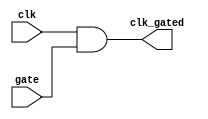
module clock_gating_cell (
    input wire clk,      // Primary clock signal
    input wire gate,     // Gating signal
    output wire clk_gated // Gated clock signal
);
    assign clk_gated = clk & gate; // Clock gating logic
endmodule